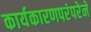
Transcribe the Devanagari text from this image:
कार्यकारणपरंपरेने